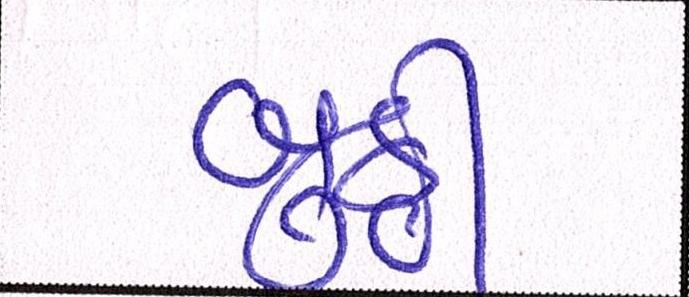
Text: બુઠ્ઠી